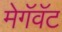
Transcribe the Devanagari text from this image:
मेगॅवॅट